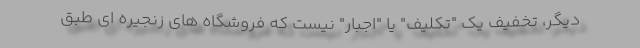
دیگر، تخفیف یک "تکلیف" یا "اجبار" نیست که فروشگاه های زنجیره ای طبق